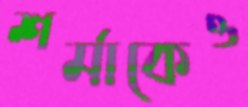
শর্মাকেও